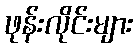
ဖုန်းလိုင်းများ